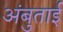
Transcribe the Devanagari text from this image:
अंबुताई